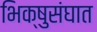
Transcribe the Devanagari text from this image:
भिक्षुसंघात